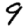
Digit: 9